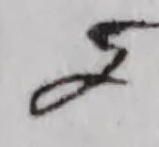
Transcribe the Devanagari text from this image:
२